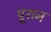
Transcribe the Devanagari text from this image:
पूशन